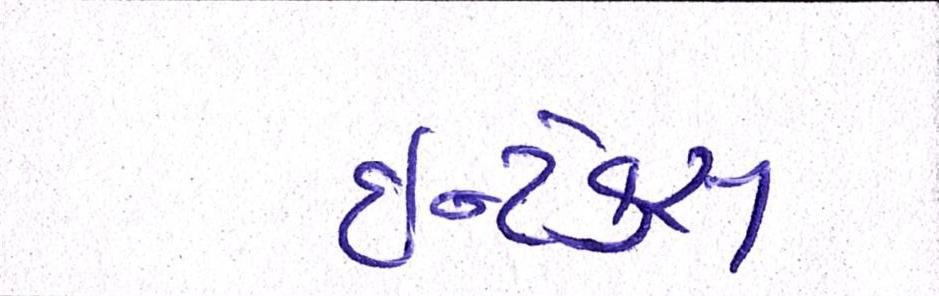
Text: ઈન્ટેક્સ